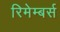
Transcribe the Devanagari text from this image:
रिमेम्बर्स